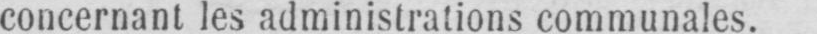
concernant les administrations communales.